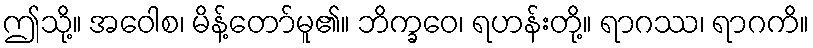
ဤသို့။ အဝေါစ၊ မိန့်တော်မူ၏။ ဘိက္ခဝေ၊ ရဟန်းတို့။ ရာဂဿ၊ ရာဂကိ။